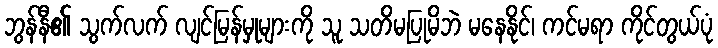
ဘွန်နီ၏ သွက်လက် လျင်မြန်မှုများကို သူ သတိမပြုမိဘဲ မနေနိုင်၊ ကင်မရာ ကိုင်တွယ်ပုံ